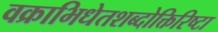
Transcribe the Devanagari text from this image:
वक्राभिधेतशब्दोक्तिरिष्टा